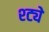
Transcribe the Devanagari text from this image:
श्ट्ये